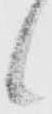
候